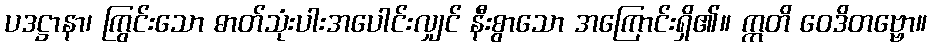
ပဒဋ္ဌာနာ၊ ကြွင်းသော ဓာတ်သုံးပါးအပေါင်းလျှင် နီးစွာသော အကြောင်းရှိ၏။ ဣတိ ဝေဒိတဗ္ဗော။